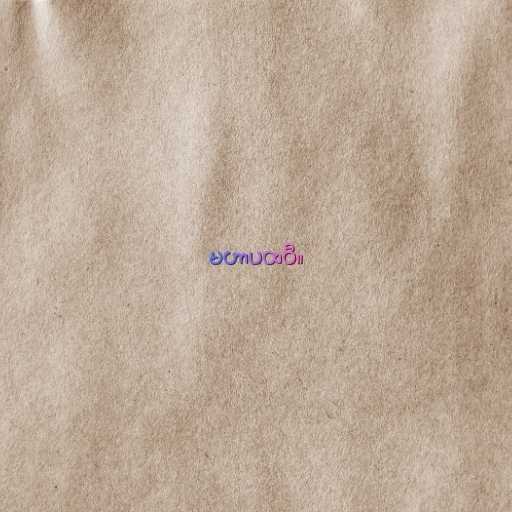
မဟာပထဝီ။